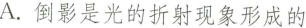
A. 倒影是光的折射现象形成的